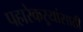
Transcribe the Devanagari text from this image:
पहारेकऱ्यांसाठी